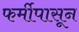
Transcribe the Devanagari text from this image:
फर्मीपासून